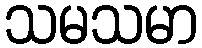
သမသမာ